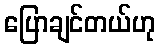
ပြောချင်တယ်ဟု